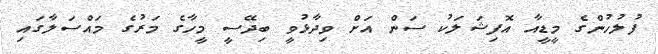
ފުލުހުންގެ މީޑީއާ އޮފިޝަލަކު ސަން އަށް ވިދާޅުވީ ބިދޭސީ މީހާގެ މަރުގެ މައްސަލާގައި